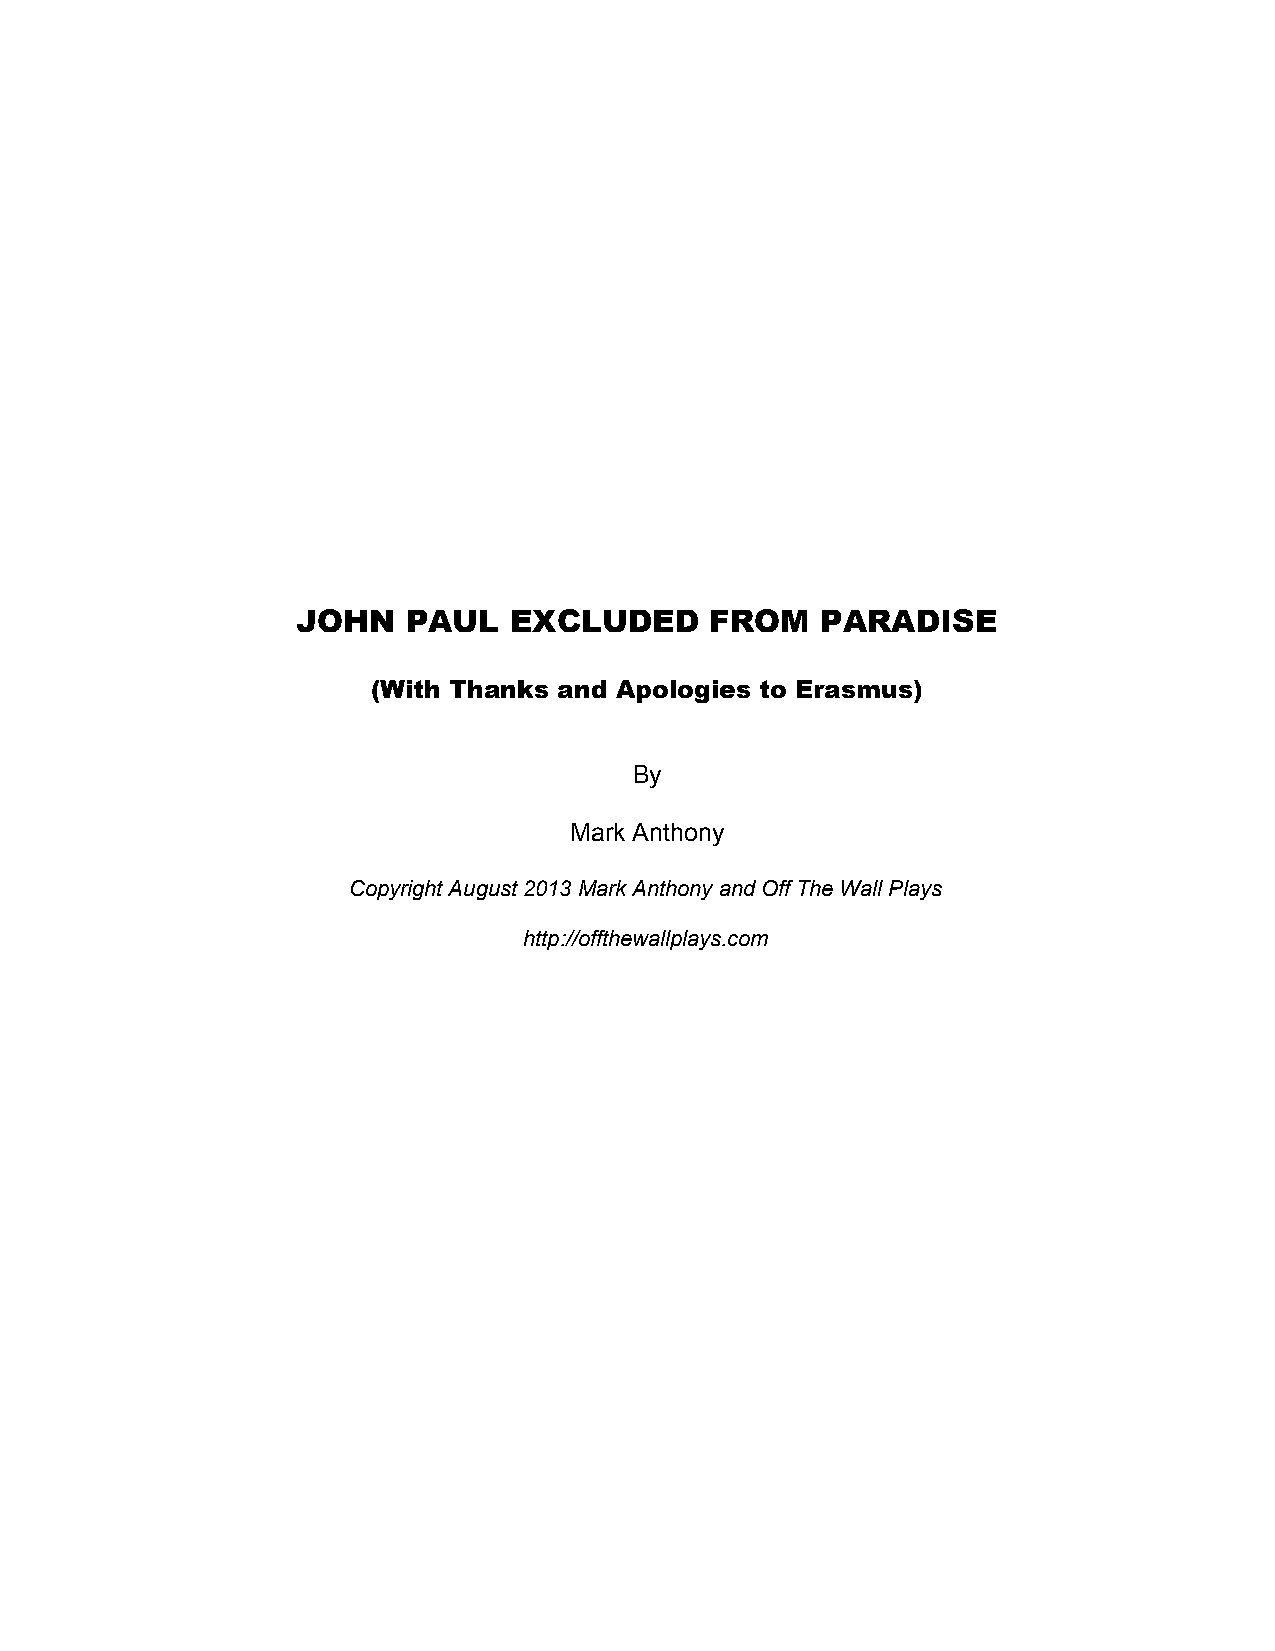
JOHN   PAUL   EXCLUDED     FROM   PARADISE
 (With Thanks and Apologies to Erasmus)
 By
 Mark Anthony
 Copyright August 2013 Mark Anthony and Off The Wall Plays
 http://offthewallplays.com